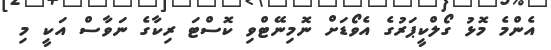
އެންމެ މޮޅު ގޯލްކީޕަރުގެ އެވޯޑަށް ނޮމިނޭޓްވި ކޮސްޓަ ރިކާގެ ނަވާސް އަކީ މި